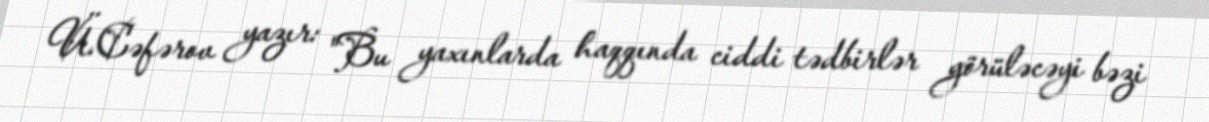
Ü.Cəfərov yazır: "Bu yaxınlarda haqqında ciddi tədbirlər görüləcəyi bəzi